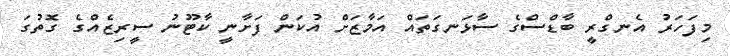
މިފަހަރު އެނގްރީ ބާޑްސްގެ ސާޅަނގަތައް އަމާޒަށް އުކަން ފަށާނީ ކާޓޫނު ސީރިޒެއްގެ ގޮތުގަ